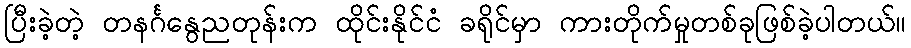
ပြီးခဲ့တဲ့ တနင်္ဂနွေညတုန်းက ထိုင်းနိုင်ငံ ခရိုင်မှာ ကားတိုက်မှုတစ်ခုဖြစ်ခဲ့ပါတယ်။